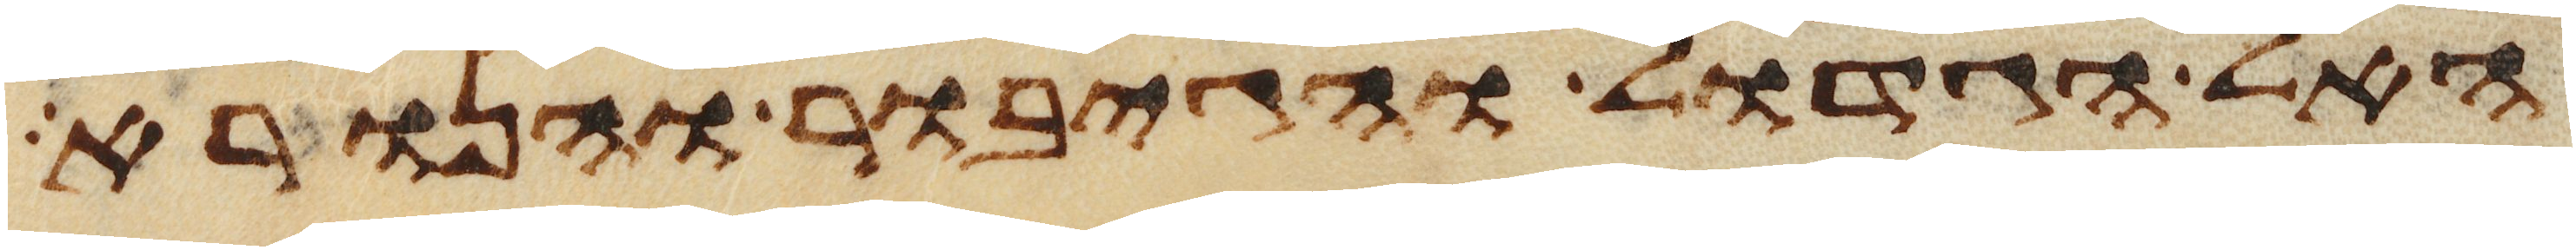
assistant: האל הגדול והגיבור והנורא